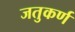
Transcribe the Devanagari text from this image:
जतुकर्ण